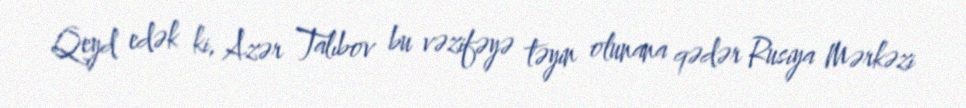
Qeyd edək ki, Azər Talıbov bu vəzifəyə təyin olunana qədər Rusiya Mərkəzi